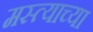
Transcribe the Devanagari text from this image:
मस्त्याच्या